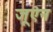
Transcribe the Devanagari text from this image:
जूऐन